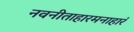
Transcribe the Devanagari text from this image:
नवनीताहारमनाहारं